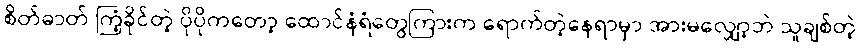
စိတ်ဓာတ် ကြံ့ခိုင်တဲ့ ပိုပိုကတော့ ထောင်နံရံတွေကြားက ရောက်တဲ့နေရာမှာ အားမလျှော့ဘဲ သူချစ်တဲ့